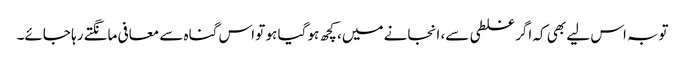
توبہ اس لیے بھی کہ اگر غلطی سے، انجانے میں، کچھ ہو گیا ہو تو اس گناہ سے معافی مانگتے رہا جائے۔